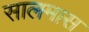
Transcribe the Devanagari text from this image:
सालमास